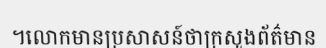
។លោកមានប្រសាសន៍ថាក្រសួងព័ត៌មាន